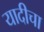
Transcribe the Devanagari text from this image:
यादीचा